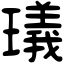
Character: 𤩺